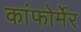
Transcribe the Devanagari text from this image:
कांफोर्मेर